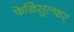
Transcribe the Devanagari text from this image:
फेन्रिसुल्फर